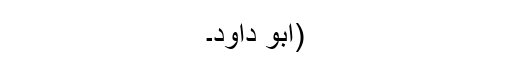
(ابو داود۔